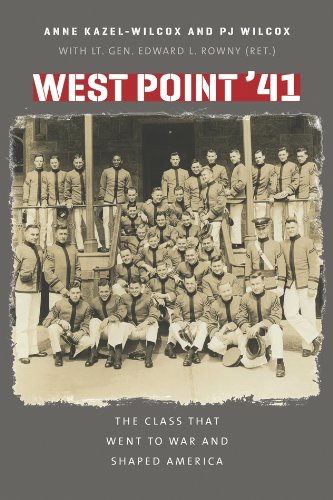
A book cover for West Point '41: The Class That Went to War and Shaped America; Anne Kazel-Wilcox; History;